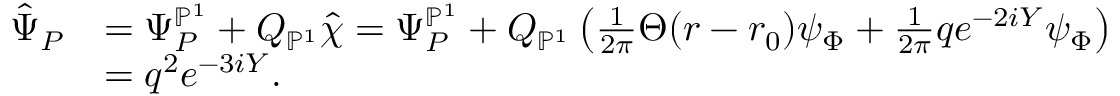
\begin{array} { r l } { \hat { \Psi } _ { P } } & { = \Psi _ { P } ^ { \mathbb { P } ^ { 1 } } + Q _ { \mathbb { P } ^ { 1 } } \hat { \chi } = \Psi _ { P } ^ { \mathbb { P } ^ { 1 } } + Q _ { \mathbb { P } ^ { 1 } } \left( \frac { 1 } { 2 \pi } \Theta ( r - r _ { 0 } ) \psi _ { \Phi } + \frac { 1 } { 2 \pi } q e ^ { - 2 i Y } \psi _ { \Phi } \right) } \\ & { = q ^ { 2 } e ^ { - 3 i Y } . } \end{array}